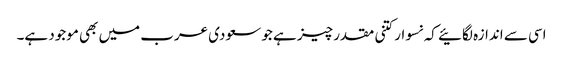
اسی سے اندازہ لگائیے کہ نسوار کتنی مقدر چیز ہے جو سعودی عرب میں بھی موجود ہے۔